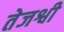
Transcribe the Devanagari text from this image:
तेजश्वी